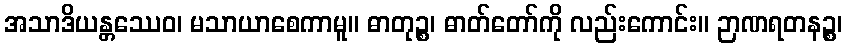
အသာဒိယန္တဿေဝ၊ မသာယာစေကာမူ။ ဓာတုဉ္စ၊ ဓာတ်တော်ကို လည်းကောင်း။ ဉာဏရတနဉ္စ၊